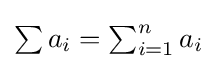
{\textstyle \sum a_{i}=\sum _{i=1}^{n}a_{i}}